Indian journal of veterinary science and animal husbandry - Volume 6,
Year: 1936
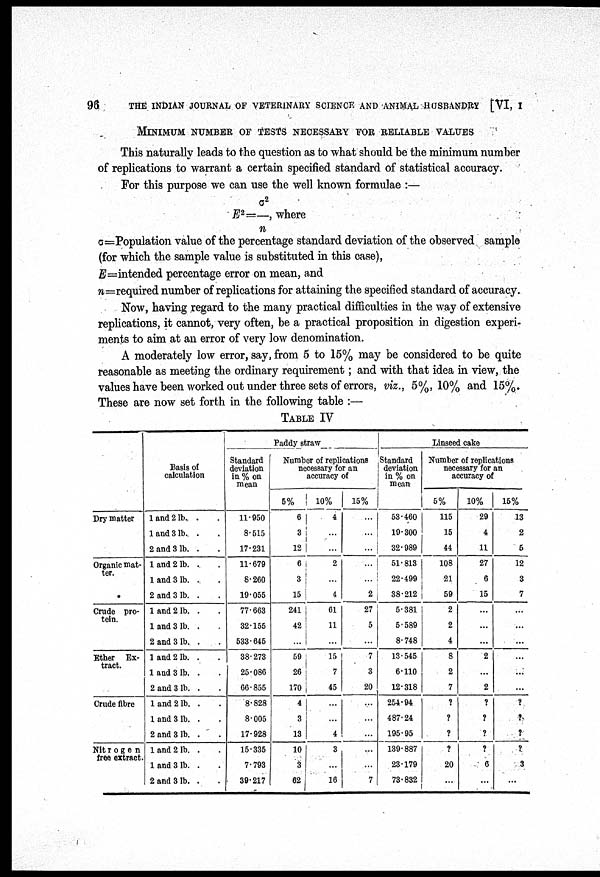
96
THE INDIAN JOURNAL OF VETERINARY SCIENCE AND ANIMAL HUSBANDRY [VI, I
MINIMUM NUMBER OF TESTES NECESSARY FOR RELIABLE VALUES
This naturally leads to the question as to what should be the minimum number
of replications to warrant a certain specified standard of statistical accuracy.
For this purpose we can use the well known formulae :—
E 2 = σ 2 / n, where
σ=Population value of the percentage standard deviation of the observed sample
(for which the sample value is substituted in this case),
E=intended percentage error on mean, and
n=required number of replications for attaining the specified standard of accuracy.
Now, having regard to the many practical difficulties in the way of extensive
replications, it cannot, very often, be a practical proposition in digestion experi
ments to aim at an error of very low denomination.
A moderately low error, say, from 5 to 15% may be considered to be quite
reasonable as meeting the ordinary requirement; and with that idea in view, the
values have been worked out under three sets of errors, viz., 5%, 10% and 15%.
These are now set forth in the following table :—
TABLE IV
Dry matter
Organic mat
ter.
Crude pro
tein.
Ether Ex
tract.
Crude fibre
Nitrogen
free extract.
Basis of
calculation
1 and 2 lb. . .
1 and 3 lb. . .
2 and 3 lb. . .
1 and 2 lb. . .
1 and 3 lb. . .
2 and 3 lb. . .
1 and 2 lb. . .
1 and 3 lb. . .
2 and 3 lb. . .
1 and 2 lb. . .
1 and 3 lb. . .
2 and 3 lb. . .
1 and 2 lb. . .
1 and 3 lb. . .
2 and 3 lb. . .
1 and 2 lb. . .
1 and 3 lb. . .
2 and 3 lb. . .
Paddy straw
Standard
deviation
in % on
mean
11.950
8.515
17.231
11.679
8.260
19.055
77.663
32.155
533.645
38.273
25.086
66.855
8.828
8.005
17.928
15.335
7.793
39.217
Number of replications
necessary for an
accuracy of
5%
6
3
12
6
3
15
241
42
...
59
26
170
4
3
13
10
3
62
10%
4
...
...
2
...
4
61
11
...
15
7
45
...
...
4
3
...
16
15%
...
...
...
...
...
2
27
5
7
3
20
...
...
...
...
...
7
Linseed cake
Standard
deviation
in % on
mean
53.460
19.300
32.989
51.813
22.499
38.212
5.381
5.589
8.748
13.545
6.110
12.318
254.94
487.24
195.95
139.887
23.179
73.832
Number of replications
necessary for an
accuracy of
5%
115
15
44
108
21
59
2
2
4
8
2
7
?
?
?
?
20
...
10%
29
4
11
27
6
15
...
...
... ...
2
...
2
?
?
?
?
6
...
15%
13
2
5
12
3
7
...
...
...
...
...
...
?
?
?
?
3
...